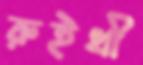
রুইথী